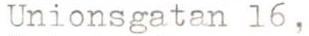
Unionsgatan 16,